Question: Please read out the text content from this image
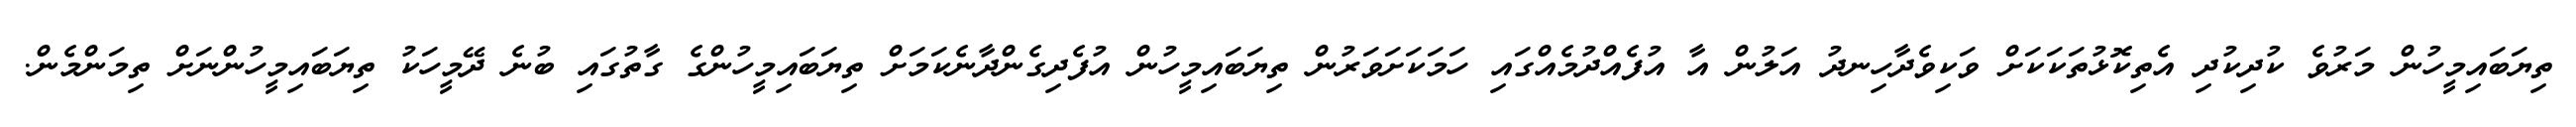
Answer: ތިޔަބައިމީހުން މަރުވެ ކުދިކުދި އެތިކޮޅުތަކަކަށް ވަކިވެދާހިނދު އަލުން އާ އުފެއްދުމެއްގައި ހަމަކަށަވަރުން ތިޔަބައިމީހުން އުފެދިގެންދާނެކަމަށް ތިޔަބައިމީހުންގެ ގާތުގައި ބުނެ ދޭމީހަކު ތިޔަބައިމީހުންނަށް ތިމަންމެން.